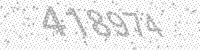
Solution: 418974